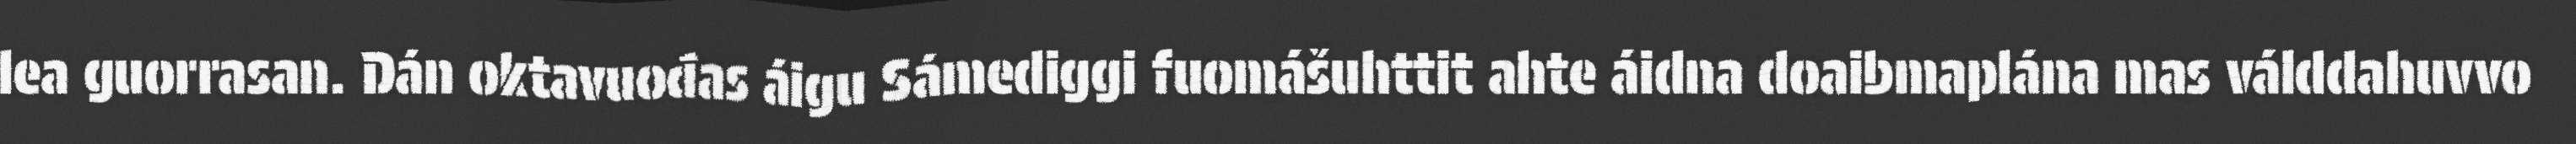
lea guorrasan. Dán oktavuođas áigu Sámediggi fuomášuhttit ahte áidna doaibmaplána mas válddahuvvo